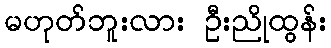
မဟုတ်ဘူးလား ဦးညိုထွန်း